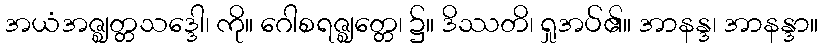
အယံအဇ္ဈတ္တသဒ္ဒေါ၊ ကို။ ဂေါစရဇ္ဈတ္တေ၊ ၌။ ဒိဿတိ၊ ရှုအပ်၏။ အာနန္ဒ၊ အာနန္ဒာ။